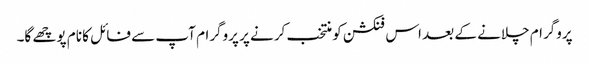
پروگرام چلانے کے بعد اس فنکشن کو منتخب کرنے پر پروگرام آپ سے فائل کا نام پوچھے گا۔